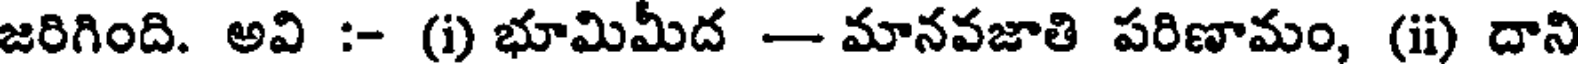
జరిగింది. అవి :- (i) భూమిమీద - మానవజాతి పరిణామం, (ii) దాని